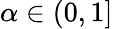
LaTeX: \alpha\in(0,1]